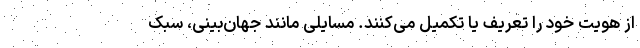
از هویت خود را تعریف یا تکمیل می‌کنند. مسایلی مانند جهان‌بینی، سبک